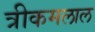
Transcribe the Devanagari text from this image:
त्रीकमलाल